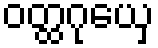
ဝတ္ထဂုယှေ